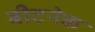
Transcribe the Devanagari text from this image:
बीटनेक